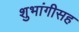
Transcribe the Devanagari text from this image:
शुभांगीसह